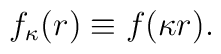
f_\kappa (r) \equiv f(\kappa r).